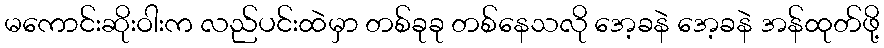
မကောင်းဆိုးဝါးက လည်ပင်းထဲမှာ တစ်ခုခု တစ်နေသလို အေ့ခနဲ အေ့ခနဲ အန်ထုတ်ဖို့